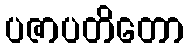
ပဇာပတိတော